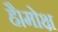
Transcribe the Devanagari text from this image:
है।मोक्ष